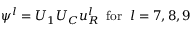
\psi ^ { l } = U _ { 1 } U _ { C } u _ { R } ^ { l } \; \; \mathrm { f o r } \; \; l = 7 , 8 , 9